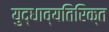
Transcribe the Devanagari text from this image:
युद्धाव्यतिरिक्त